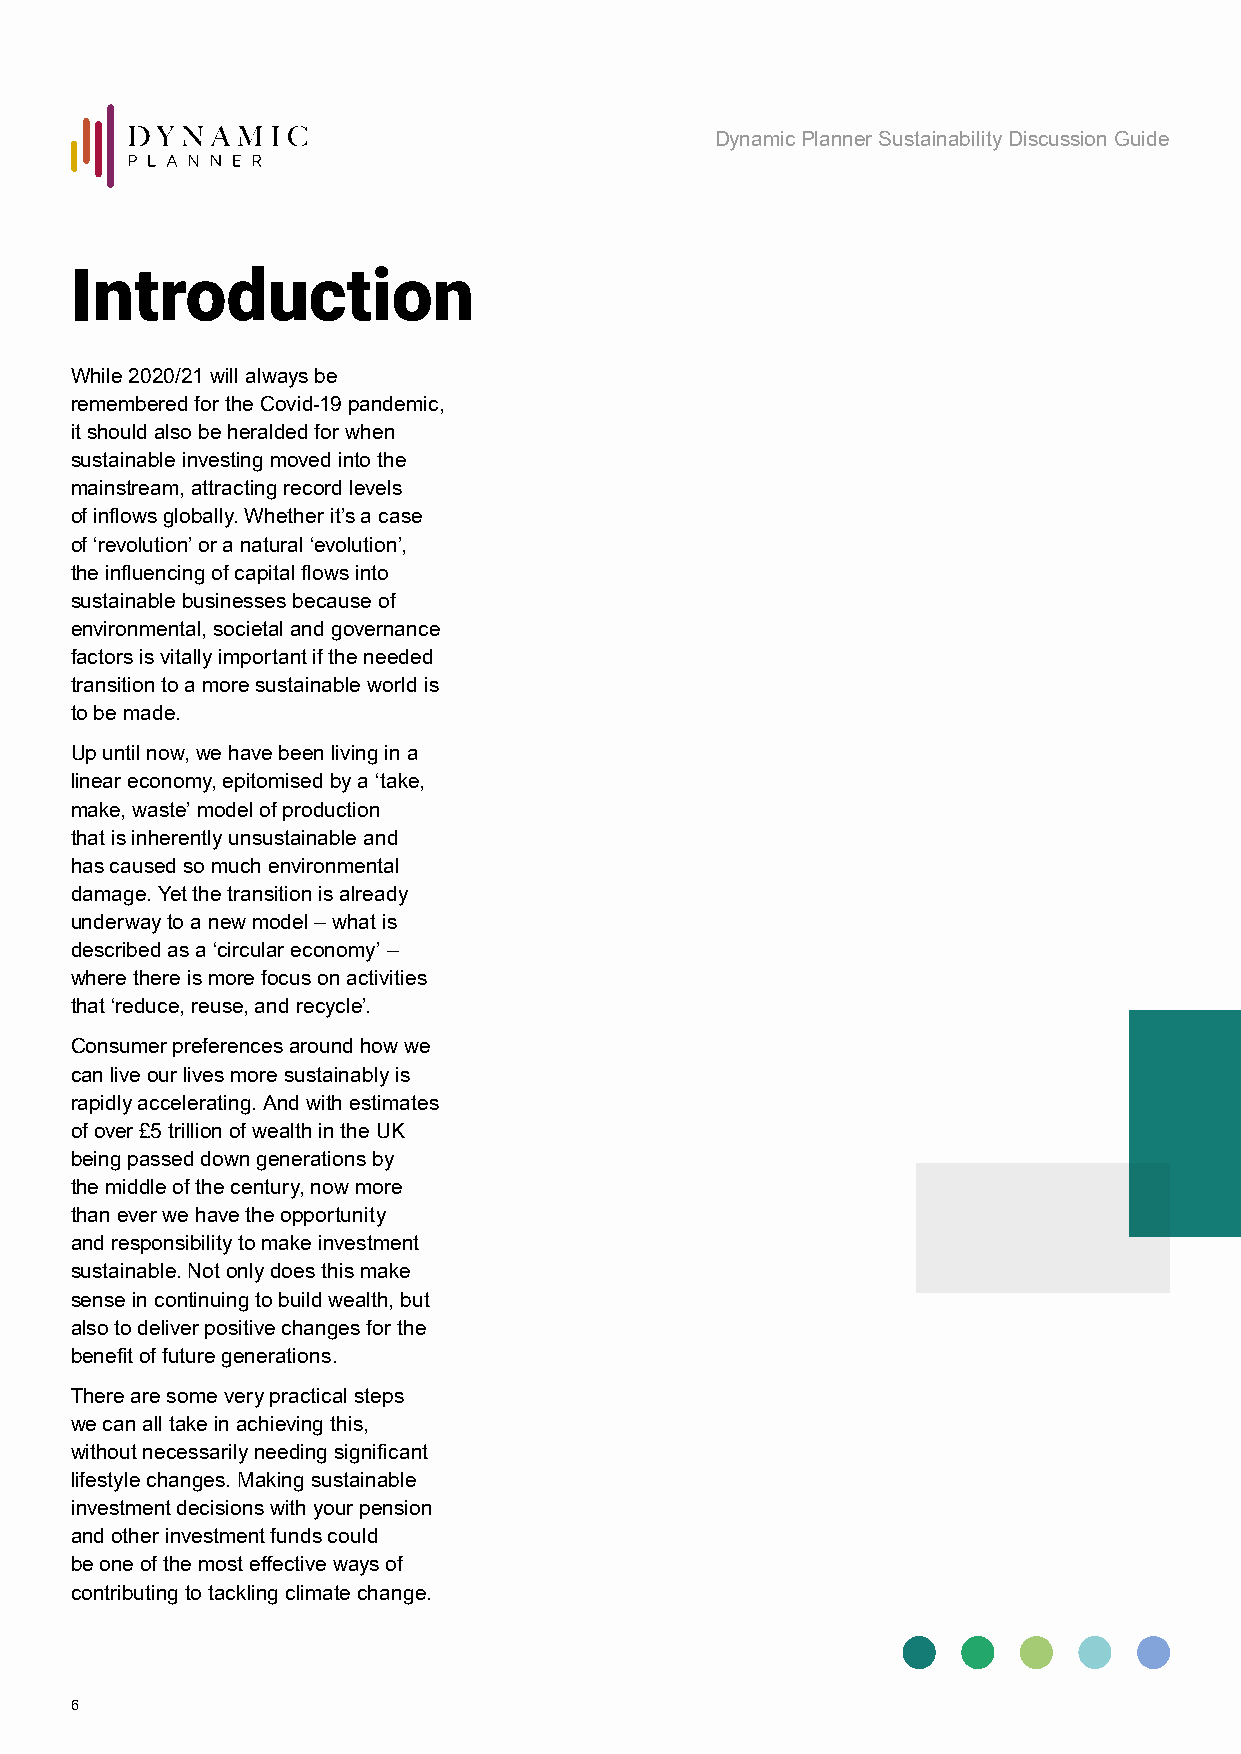
Dynamic Planner Sustainability Discussion Guide
 Introduction
 While 2020/21 will always be
 remembered for the Covid-19 pandemic,
 it should also be heralded for when
 sustainable investing moved into the
 mainstream, attracting record levels
 of inflows globally. Whether it’s a case
 of ‘revolution’ or a natural ‘evolution’,
 the influencing of capital flows into
 sustainable businesses because of
 environmental, societal and governance
 factors is vitally important if the needed
 transition to a more sustainable world is
 to be made.
 Up until now, we have been living in a
 linear economy, epitomised by a ‘take,
 make, waste’ model of production
 that is inherently unsustainable and
 has caused so much environmental
 damage. Yet the transition is already
 underway to a new model – what is
 described as a ‘circular economy’ –
 where there is more focus on activities
 that ‘reduce, reuse, and recycle’.
 Consumer preferences around how we
 can live our lives more sustainably is
 rapidly accelerating. And with estimates
 of over £5 trillion of wealth in the UK
 being passed down generations by
 the middle of the century, now more
 than ever we have the opportunity
 and responsibility to make investment
 sustainable. Not only does this make
 sense in continuing to build wealth, but
 also to deliver positive changes for the
 benefit of future generations.
 There are some very practical steps
 we can all take in achieving this,
 without necessarily needing significant
 lifestyle changes. Making sustainable
 investment decisions with your pension
 and other investment funds could
 be one of the most effective ways of
 contributing to tackling climate change.
 6